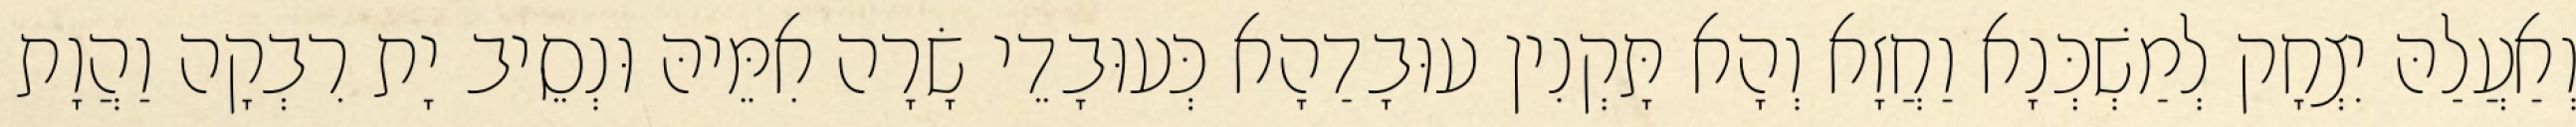
וְאַעֲלַהּ יִצְחָק לְמַשְׁכְּנָא וַחֲזָא וְהָא תָּקְנִין עוּבָדַהָא כְּעוּבָדֵי שָׂרָה אִמֵּיהּ וּנְסֵיב יָת רִבְקָה וַהֲוָת